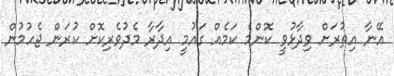
އޭނާ އިތުރަށް ވިދާޅުވީ ކޮންމެ ކަމެއް ގައުމީ އިދާރާ މެދުވެރިކޮށް ކުރަން ޖެހުމުން